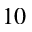
^ { 1 0 }